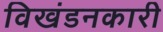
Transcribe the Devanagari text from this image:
विखंडनकारी